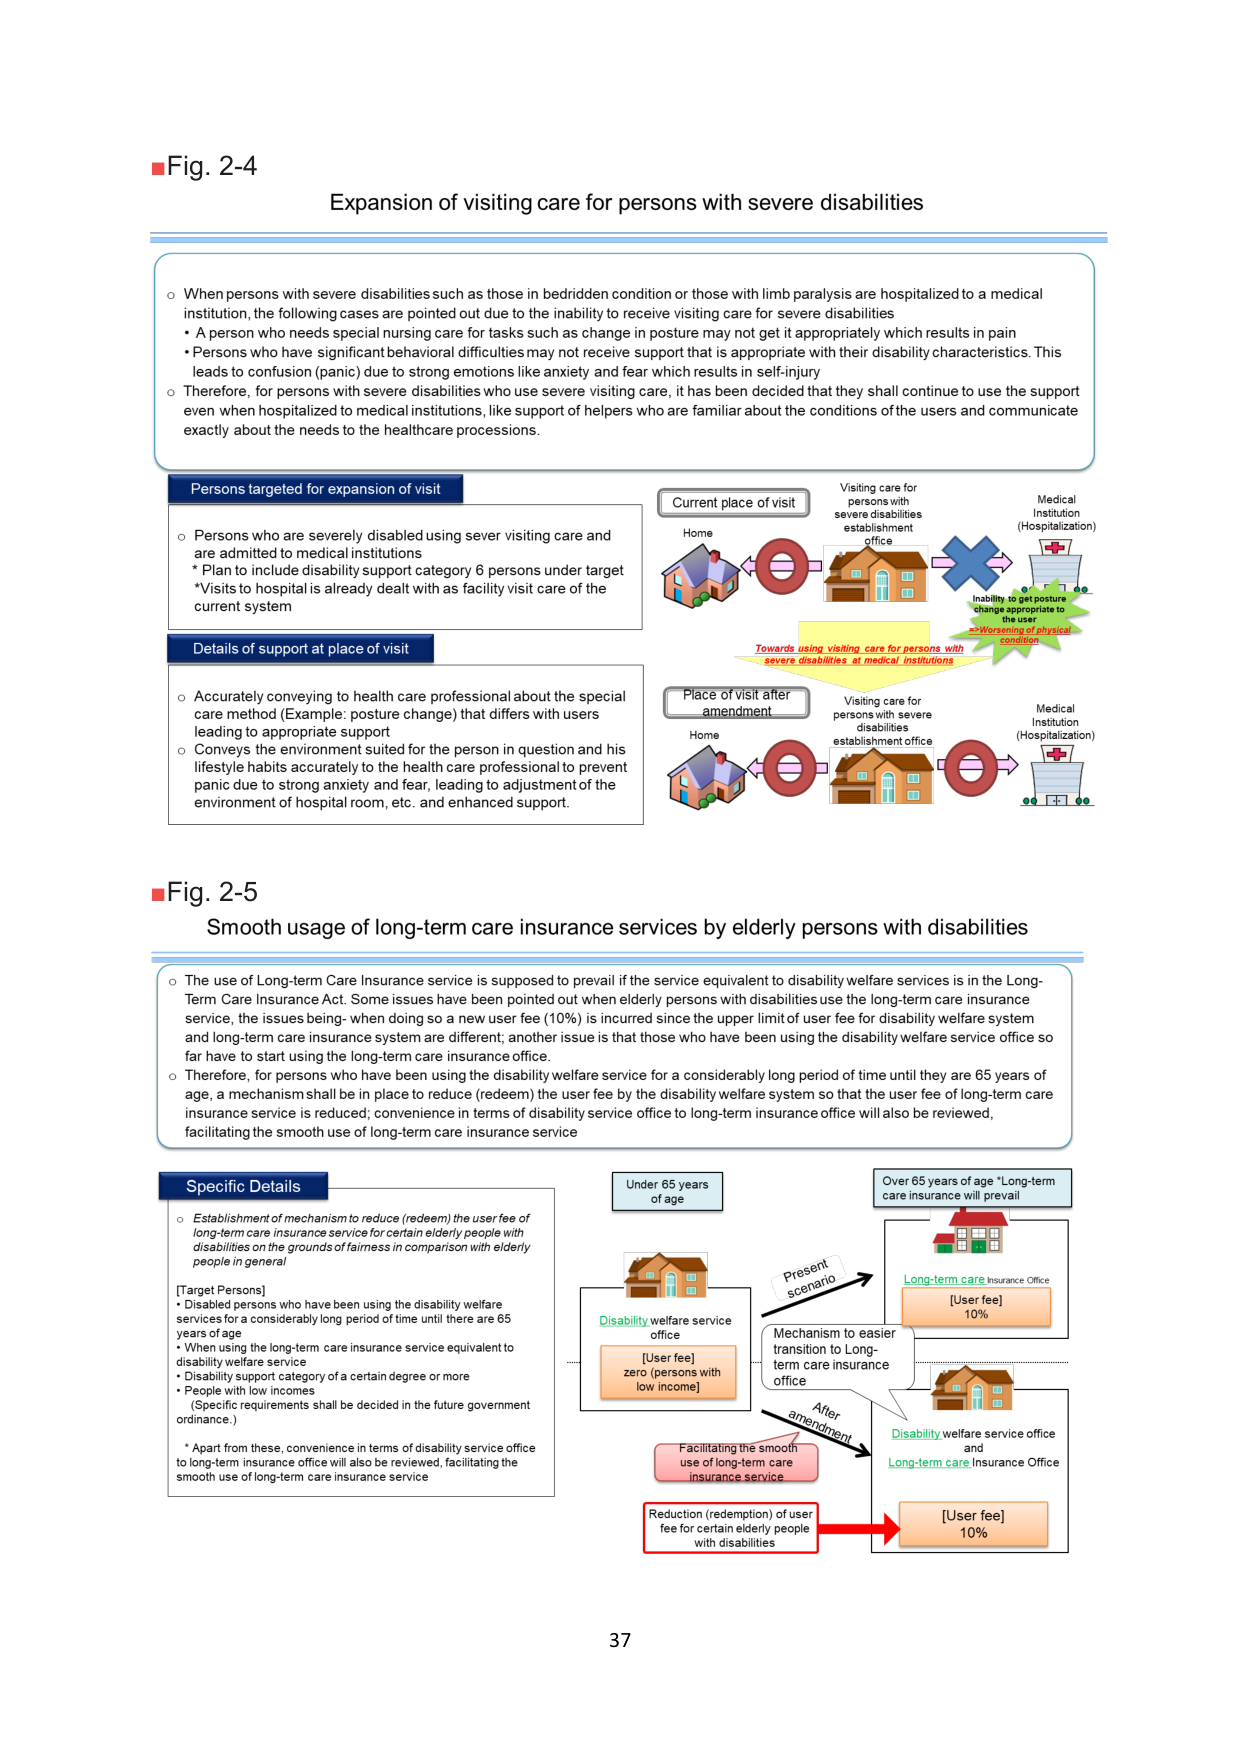
■Fig. 2-4
Expansion of visiting care for persons with severe disabilities

○ When persons with severe disabilities such as those in bedridden condition or those with limb paralysis are hospitalized to a medical institution, the following cases are pointed out due to the inability to receive visiting care for severe disabilities
• A person who needs special nursing care for tasks such as change in posture may not get it appropriately which results in pain
• Persons who have significant behavioral difficulties may not receive support that is appropriate with their disability characteristics. This leads to confusion (panic) due to strong emotions like anxiety and fear which results in self-injury
○ Therefore, for persons with severe disabilities who use severe visiting care, it has been decided that they shall continue to use the support even when hospitalized to medical institutions, like support of helpers who are familiar about the conditions of the users and communicate exactly about the needs to the healthcare processions.

Persons targeted for expansion of visit
○ Persons who are severely disabled using sever visiting care and are admitted to medical institutions
* Plan to include disability support category 6 persons under target
* Visits to hospital is already dealt with as facility visit care of the current system

Details of support at place of visit
○ Accurately conveying to health care professional about the special care method (Example: posture change) that differs with users leading to appropriate support
○ Conveys the environment suited for the person in question and his lifestyle habits accurately to the health care professional to prevent panic due to strong anxiety and fear, leading to adjustment of the environment of hospital room, etc. and enhanced support.

Current place of visit
Home → Visiting care for persons with severe disabilities establishment office → Medical Institution (Hospitalization)
Inability to get posture change appropriate to the user
→ Worsening of physical condition
Towards using visiting care for persons with severe disabilities at medical institutions

Place of visit after amendment
Home → Visiting care for persons with severe disabilities establishment office → Medical Institution (Hospitalization)

■Fig. 2-5
Smooth usage of long-term care insurance services by elderly persons with disabilities

○ The use of Long-term Care Insurance service is supposed to prevail if the service equivalent to disability welfare services is in the Long-Term Care Insurance Act. Some issues have been pointed out when elderly persons with disabilities use the long-term care insurance service, the issues being: when doing so a new user fee (10%) is incurred since the upper limit of user fee for disability welfare system and long-term care insurance system are different, another issue is that those who have been using the disability welfare service office so far have to start using the long-term care insurance office.
○ Therefore, for persons who have been using the disability welfare service for a considerably long period of time until they are 65 years of age, a mechanism shall be in place to reduce (redeem) the user fee by the disability welfare system so that the user fee of long-term care insurance service is reduced; convenience in terms of disability service office to long-term care insurance office will also be reviewed, facilitating the smooth use of long-term care insurance service

Specific Details
○ Establishment of mechanism to reduce (redeem) the user fee of long-term care insurance service for certain elderly people with disabilities on the grounds of fairness in comparison with elderly people in general
[Target Persons]
• Disabled persons who have been using the disability welfare services for a considerably long period of time until there are 65 years of age
• When using the long-term care insurance service equivalent to disability welfare service
• Disability support category of a certain degree or more
• People with low incomes
(Specific requirements shall be decided in the future government ordinance.)
* Apart from these, convenience in terms of disability service office to long-term insurance office will also be reviewed, facilitating the smooth use of long-term care insurance service

Under 65 years of age
Disability welfare service office
[User fee] zero (persons with low income)

Over 65 years of age *Long-term care insurance will prevail
Long-term care Insurance Office
[User fee] 10%

Present scenario
Mechanism to easier transition to Long-term care insurance office
After amendment
Facilitating the smooth use of long-term care insurance service
Reduction (redemption) of user fee for certain elderly people with disabilities
Disability welfare service office and Long-term care Insurance Office
[User fee] 10%

37